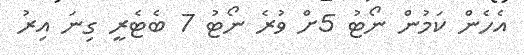
އެހެން ކަމުން ނޯޓު 5ށް ވުރެ ނޯޓު 7 ބެޓެރީ ގިނަ އިރު